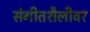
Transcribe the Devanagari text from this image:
संगीतशैलीवर